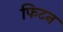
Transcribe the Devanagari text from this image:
फिटन